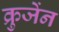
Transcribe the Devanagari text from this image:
क्रुजेंन